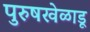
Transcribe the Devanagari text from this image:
पुरुषखेळाडू